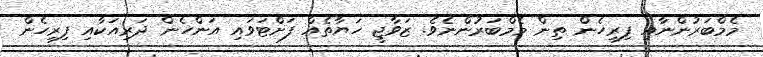
މެމްބަރުންނާއި ފިރިހެން ތިން މެމްބަރުންނެވެ. ޒަވާޖީ ހަޔާތެއް ފަށްޓަވައި އަންހެން ދަރިއަކާއި ފިރިހެން